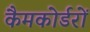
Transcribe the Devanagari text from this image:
कैमकोर्डरों